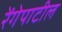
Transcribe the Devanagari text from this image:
रेंगेपाटील